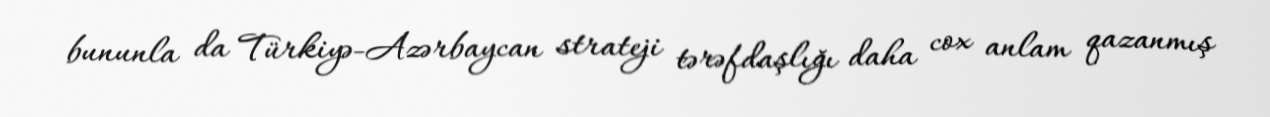
bununla da Türkiyə-Azərbaycan strateji tərəfdaşlığı daha cox anlam qazanmış